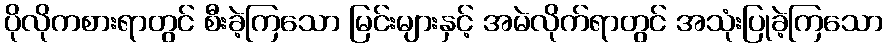
ပိုလိုကစားရာတွင် စီးခဲ့ကြသော မြင်းများနှင့် အမဲလိုက်ရာတွင် အသုံးပြုခဲ့ကြသော